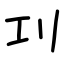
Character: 㓚